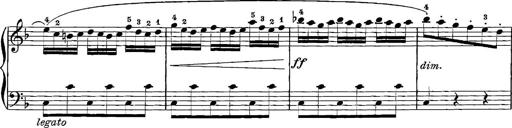
Title: 12 Sonatinas
Composer: Ignaz Pleyel